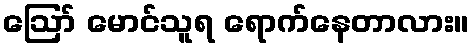
ဪ မောင်သူရ ရောက်နေတာလား။